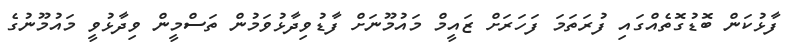
ފާޅުކަން ބޮޑުގޮތެއްގައި ފުރަތަމަ ފަހަރަށް ޒައީމް މައުމޫނަށް ފާޑުވިދާޅުވަމުން ތަސްމީން ވިދާޅުވީ މައުމޫނުގެ